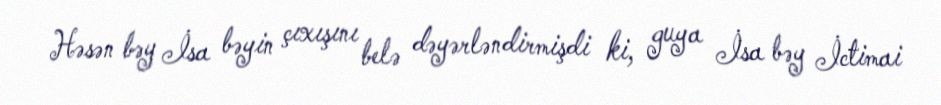
Həsən bəy İsa bəyin çıxışını belə dəyərləndirmişdi ki, guya İsa bəy İctimai